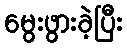
မွေးဖွားခဲ့ပြီး